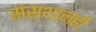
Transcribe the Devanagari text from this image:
संस्थानही